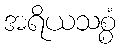
အရိယသစ္စံ